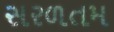
સરળતમ